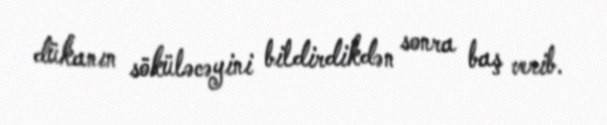
dükanın söküləcəyini bildirdikdən sonra baş verib.